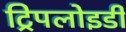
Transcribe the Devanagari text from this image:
ट्रिपलोइडी